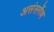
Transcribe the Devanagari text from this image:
असंसर्गेण